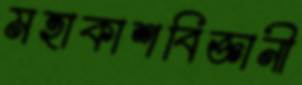
মহাকাশবিজ্ঞানী